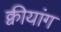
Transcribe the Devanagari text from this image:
क्वीयांग